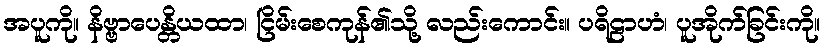
အပူကို။ နိဗ္ဗာပေန္တိယထာ၊ ငြိမ်းစေကုန်၏သို့ လည်းကောင်း။ ပရိဠာဟံ၊ ပူအိုက်ခြင်းကို။